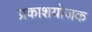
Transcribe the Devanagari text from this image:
प्रकाशयोजक